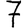
Digit: 7